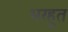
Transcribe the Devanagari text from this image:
भरहूत